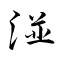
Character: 湴